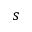
s